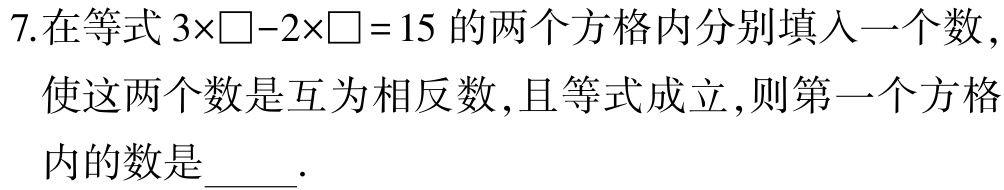
7.在等式\(3\times\square - 2\times\square = 15\)的两个方格内分别填入一个数，
使这两个数是互为相反数，且等式成立，则第一个方格
内的数是  ．